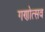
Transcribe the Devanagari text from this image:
गणोत्सव